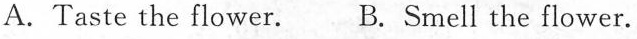
A.Taste the flower. B. Smell the flower.